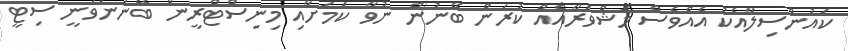
ކައުންސިލާއެކު އެއްވެސް މަޝްވަރާއެއް ކުރަން ބޭނުން ނުވާ ކަމަށާއި މިނިސްޓްރީން ބޭނުންވަނީ ސިޓީ